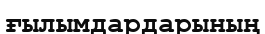
ғылымдардарының